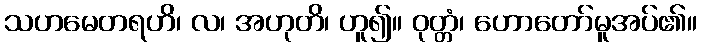
သဟမေတရဟိ၊ လ၊ အဟုတိ၊ ဟူ၍။ ဝုတ္တံ၊ ဟောတော်မူအပ်၏။